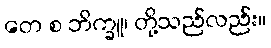
တေ စ ဘိက္ခူ၊ တို့သည်လည်း။